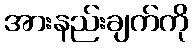
အားနည်းချက်ကို